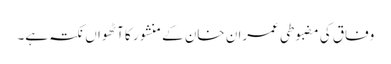
وفاق کی مضبوطی عمران خان کے منشور کا آٹھواں نکتہ ہے۔